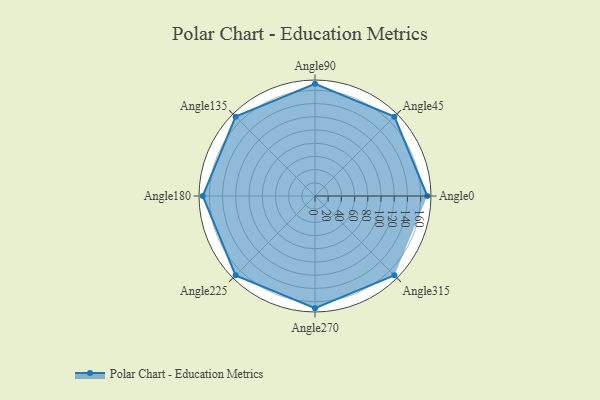
{"axis": {"x": "Angle", "y": "Radius"}, "legend": [""], "data": [{"x": "Angle0", "y": 170, "type": ""}, {"x": "Angle45", "y": 170, "type": ""}, {"x": "Angle90", "y": 170, "type": ""}, {"x": "Angle135", "y": 170, "type": ""}, {"x": "Angle180", "y": 170, "type": ""}, {"x": "Angle225", "y": 170, "type": ""}, {"x": "Angle270", "y": 170, "type": ""}, {"x": "Angle315", "y": 170, "type": ""}]}